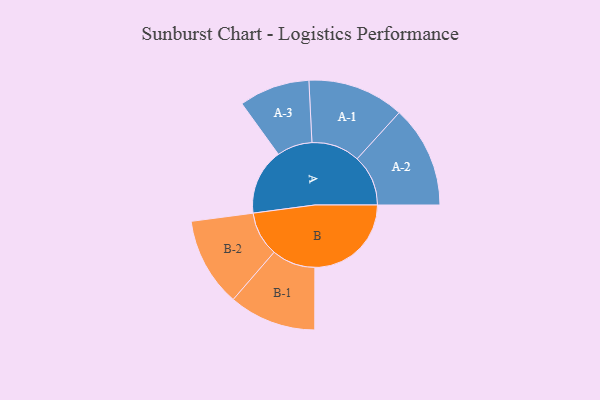
{"axis": {"x": "Segment", "y": "Value"}, "legend": ["", "A", "B"], "data": [{"x": "A", "y": 295, "type": ""}, {"x": "B", "y": 431, "type": ""}, {"x": "A-1", "y": 216, "type": "A"}, {"x": "A-2", "y": 228, "type": "A"}, {"x": "A-3", "y": 158, "type": "A"}, {"x": "B-1", "y": 195, "type": "B"}, {"x": "B-2", "y": 199, "type": "B"}]}